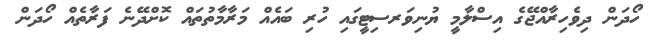
ހޯދަން ދިވެހިރާއްޖޭގެ އިސްލާމީ ޔުނިވަރސިޓީގައި ހުރި ބައެއް މަރާމާތުތައް ކޮށްދޭނެ ފަރާތެއް ހޯދަން